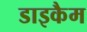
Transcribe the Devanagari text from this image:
डाइकैम